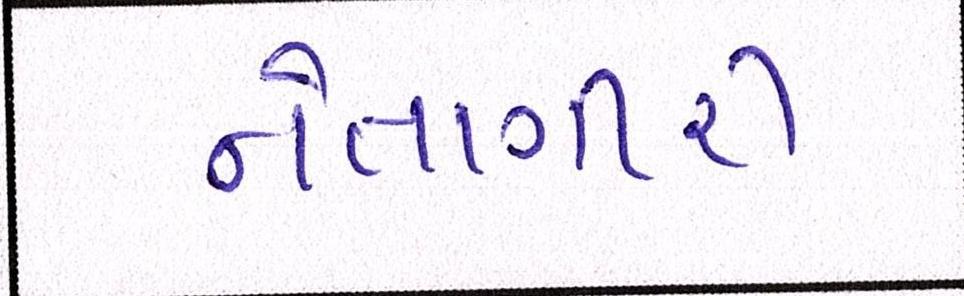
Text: નેતાગીરી